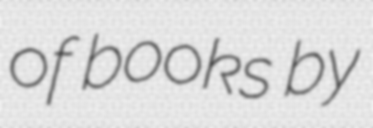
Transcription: of books by